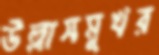
উল্লাসমুখর